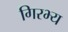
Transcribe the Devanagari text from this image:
गिरभ्य